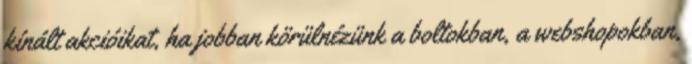
kínált akcióikat, ha jobban körülnézünk a boltokban, a webshopokban,